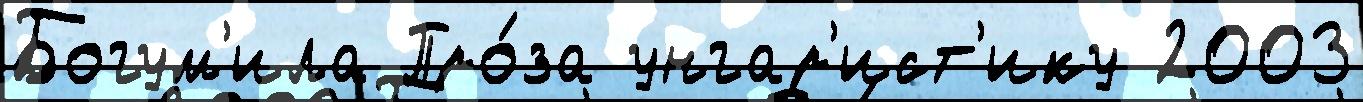
Богум'ила Про́за унгар'ист'ику 2003